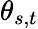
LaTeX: \theta_{s,t}